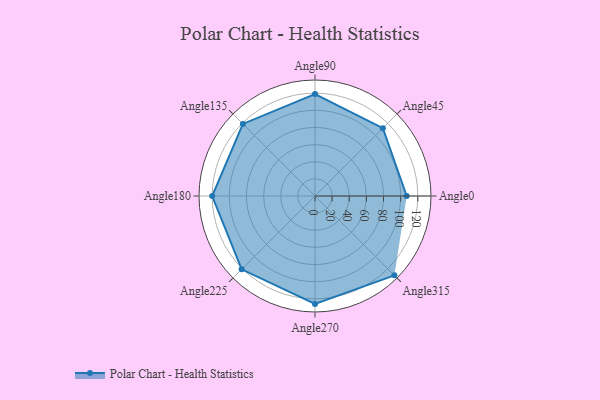
{"axis": {"x": "Angle", "y": "Radius"}, "legend": [""], "data": [{"x": "Angle0", "y": 107.0, "type": ""}, {"x": "Angle45", "y": 112.0, "type": ""}, {"x": "Angle90", "y": 119.0, "type": ""}, {"x": "Angle135", "y": 119.0, "type": ""}, {"x": "Angle180", "y": 120.0, "type": ""}, {"x": "Angle225", "y": 121.0, "type": ""}, {"x": "Angle270", "y": 126.0, "type": ""}, {"x": "Angle315", "y": 131.0, "type": ""}]}